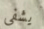
يشفي